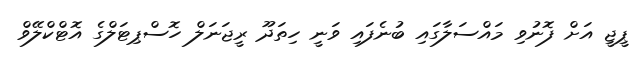
ޕީޖީ އަށް ފޮނުވި މައްސަލާގައި ބުނެފައި ވަނީ ހިތަދޫ ރީޖަނަލް ހޮސްޕިޓަލްގެ އޮޓްކްލޭވް